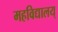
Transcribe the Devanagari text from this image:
महविद्यालय्